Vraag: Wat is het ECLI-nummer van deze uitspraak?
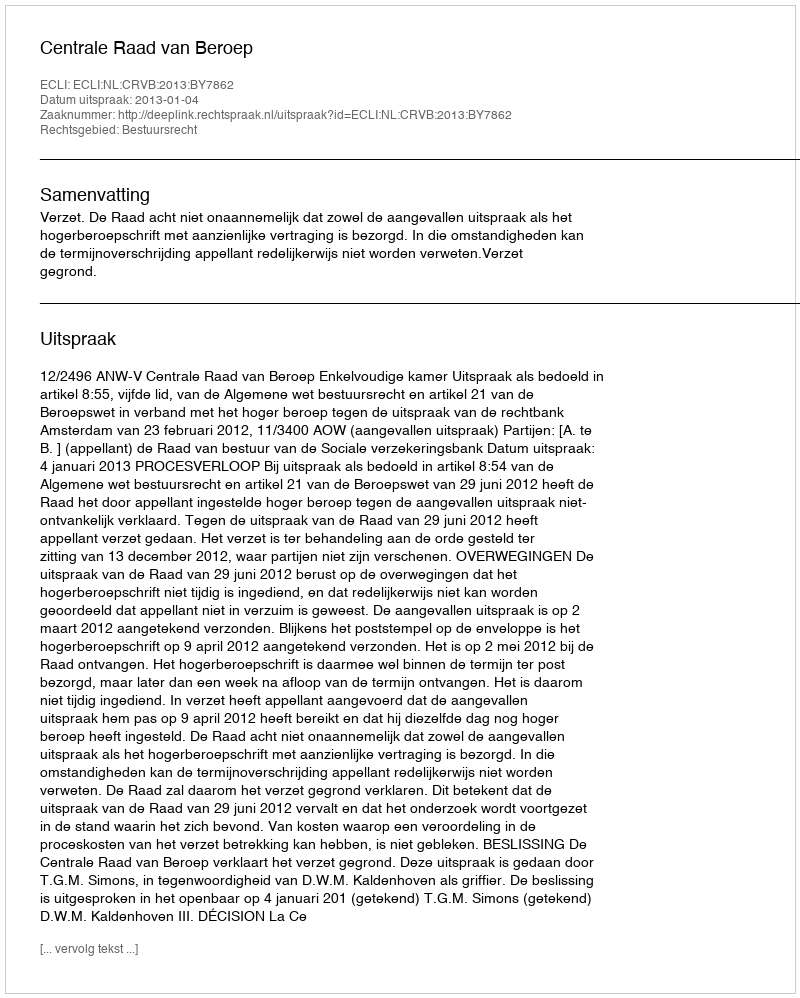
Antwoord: ECLI:NL:CRVB:2013:BY7862